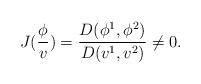
LaTeX: \begin{align*}J(\frac \phi v)=\frac{D(\phi ^1,\phi ^2)}{D(v^1,v^2)}\neq 0.\end{align*}